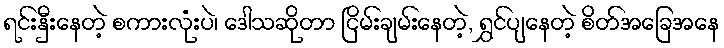
ရင်းနှီးနေတဲ့ စကားလုံးပဲ၊ ဒေါသဆိုတာ ငြိမ်းချမ်းနေတဲ့, ရွှင်ပျနေတဲ့ စိတ်အခြေအနေ